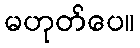
မဟုတ်ပေ။